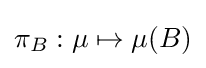
\pi _{B}:\mu \mapsto \mu (B)